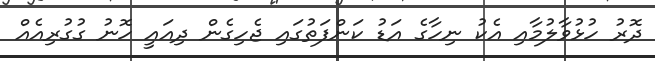
ދޮރު ހުޅުވާލުމާއި އެކު ނިހާގެ އަޑު ކަންފަތުގައި ޖެހިގެން ދިއައީ ހޮނު ގުގުރިއެއް